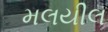
મલયીલ